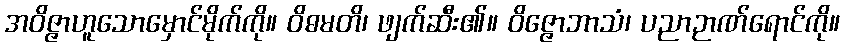
အဝိဇ္ဇာဟူသောမှောင်မိုက်ကို။ ဝိဓမတိ၊ ဖျက်ဆီး၏။ ဝိဇ္ဇောဘာသံ၊ ပညာဉာဏ်ရောင်ကို။